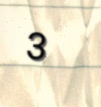
3